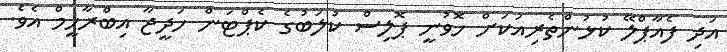
އަދި ފެއާޕްލޭ ކުޅުންތެރިއަކަށް ހޮވުނީ ޕޮލިސް ކުލަބުގެ ކެޕްޓަން ހަދީޖާ އިބްރާހީމް އެވެ.